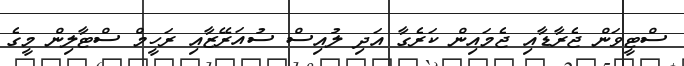
ސްޓީވަން ޖެރާޑާއި ޖެމައިން ކަރެގާ އަދި ލުއިސް ސުއަރޭޒާއި ރަހީމް ސްޓާލިން މީގެ